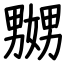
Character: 嬲